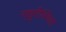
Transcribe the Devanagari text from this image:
राहुरीस्थित